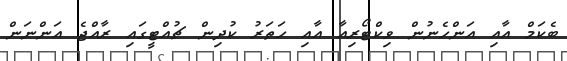
ބެކަމް އާއި އަންހެނުން ވިކްޓޯރިއާ އާއި ހަތަރު ކުދިން ޗުއްޓީގައި ރާއްޖެ އަންނަން